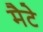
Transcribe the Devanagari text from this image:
मैटे